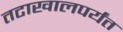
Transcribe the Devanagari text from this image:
तटाखालपर्यंत